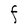
Character: F